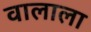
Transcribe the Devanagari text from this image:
वालाला